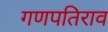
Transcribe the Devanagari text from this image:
गणपतिराव